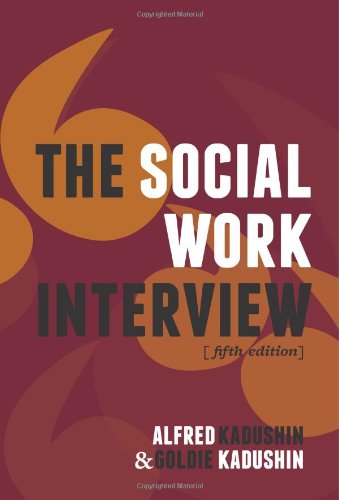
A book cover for The Social Work Interview; Alfred Kadushin; Politics & Social Sciences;